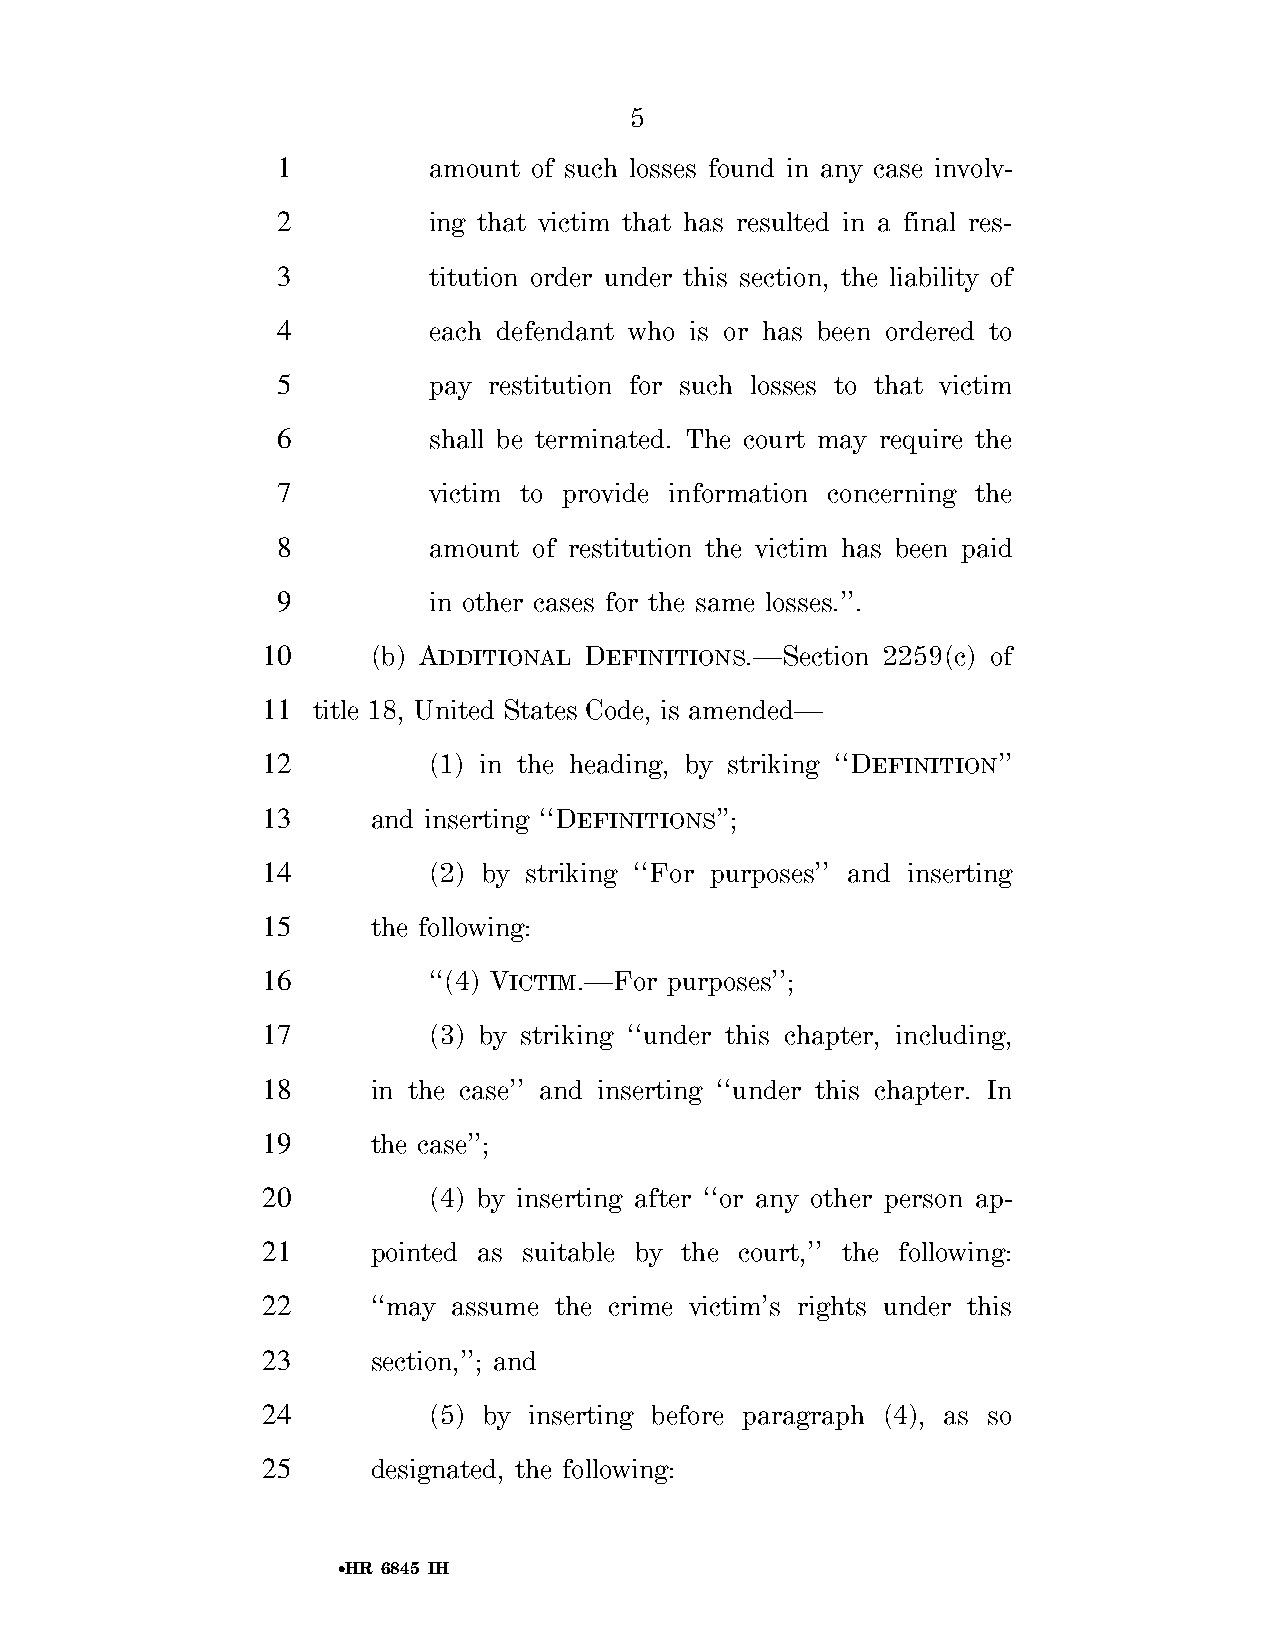
5
 1         amount of such losses found in any case involv-
 2         ing that victim that has resulted in a final res-
 3         titution order under this section, the liability of
 4         each defendant who is or has been ordered to
 5         pay restitution for such losses to that victim
 6         shall be terminated. The court may require the
 7         victim to provide information concerning the
 8         amount of restitution the victim has been paid
 9         in other cases for the same losses.’’.
 10      (b) ADDITIONAL DEFINITIONS.—Section 2259(c) of
 11  title 18, United States Code, is amended—
 12         (1) in the heading, by striking ‘‘DEFINITION’’
 13      and inserting ‘‘DEFINITIONS’’;
 14         (2) by striking ‘‘For purposes’’ and inserting
 15      the following:
 16         ‘‘(4) VICTIM.—For purposes’’;
 17         (3) by striking ‘‘under this chapter, including,
 18      in the case’’ and inserting ‘‘under this chapter. In
 19      the case’’;
 20         (4) by inserting after ‘‘or any other person ap-
 21      pointed as suitable by the court,’’ the following:
 22      ‘‘may assume the crime victim’s rights under this
 23      section,’’; and
 24         (5) by inserting before paragraph (4), as so
 25      designated, the following:
 •HR 6845 IH
 VerDate Sep 11 2014 01:37 Sep 22, 2018 Jkt 079200 PO 00000 Frm 00005 Fmt 6652 Sfmt 6201 E:\BILLS\H6845.IH H6845
 SLLIB
 htiw
 DORP280QLG3KSD
 no
 llihld